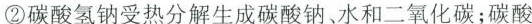
②碳酸氢钠受热分解生成碳酸钠、水和二氧化碳；碳酸